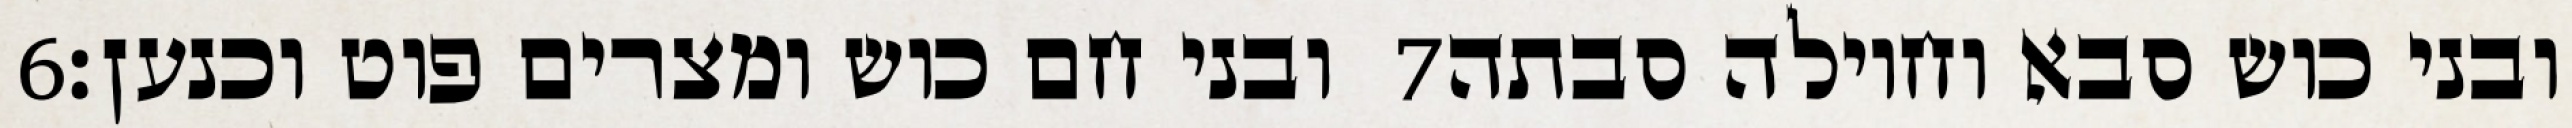
‎6‏ ובני חם כוש ומצרים פוט וכנען׃ ‎7‏ ובני כוש סבא וחוילה סבתה